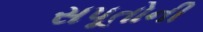
સપૂતોની